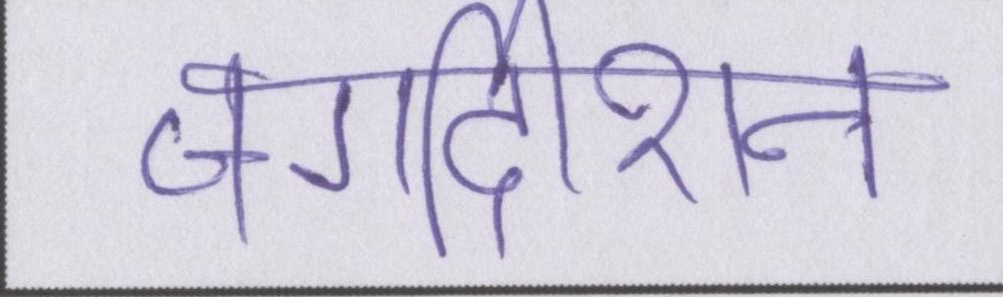
जगदीशन